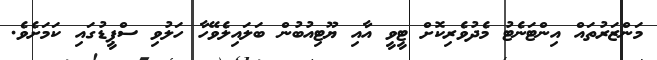
މަންޒަރުތައް އިންޓަނެޓު މެދުވެރިކޮށް ޓީވީ އާއި ޔޫޓިއުބުން ބަލައިލެވޭހާ ހަލުވި ސްޕީޑުގައި ކަމަށެވެ.